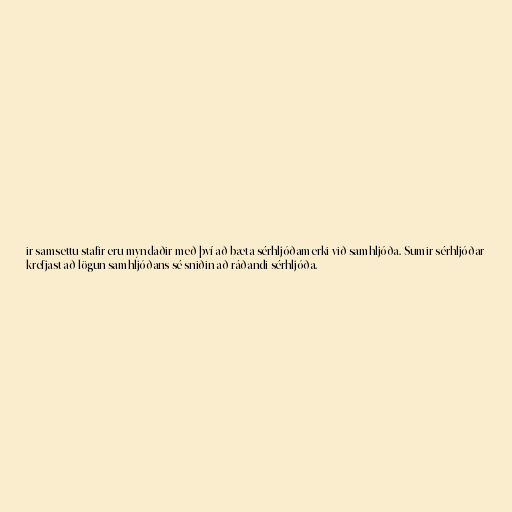
ir samsettu stafir eru myndaðir með því að bæta sérhljóðamerki við samhljóða. Sumir sérhljóðar
krefjast að lögun samhljóðans sé sniðin að ráðandi sérhljóða.